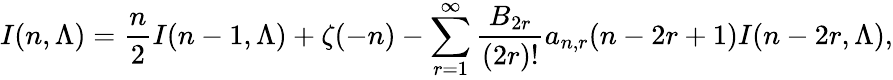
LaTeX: I(n,\Lambda)={\frac{n}{2}}I(n-1,\Lambda)+\zeta(-n)-\sum_{r=1}^{\infty}{\frac{B_{2r}}{(2r)!}}a_{n,r}(n-2r+1)I(n-2r,\Lambda),